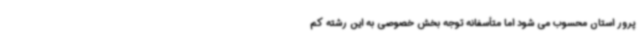
پرور استان محسوب می شود اما متأسفانه توجه بخش خصوصی به این رشته کم